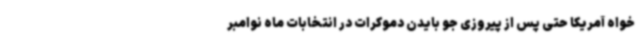
خواه آمریکا حتی پس از پیروزی جو بایدن دموکرات در انتخابات ماه نوامبر